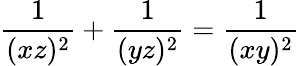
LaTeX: {\frac{1}{(xz)^{2}}}+{\frac{1}{(yz)^{2}}}={\frac{1}{(xy)^{2}}}